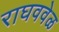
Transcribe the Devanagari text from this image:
राघववेळ